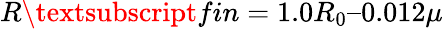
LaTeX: R\textsubscript{fin}=1.0R_{0}–0.012\mu